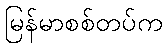
မြန်မာစစ်တပ်က